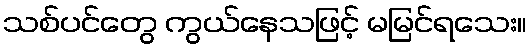
သစ်ပင်တွေ ကွယ်နေသဖြင့် မမြင်ရသေး။